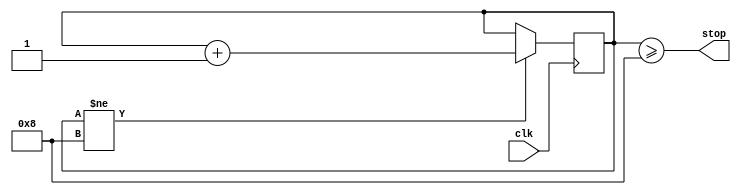
/********counter module *******/
    module counter (
                      input                   clk    ,     
                      output                  stop
    );
    //intialize counter to zero 
    integer  counter =0;
    assign stop = (counter >=4'b1000) ;
    always @(posedge clk) begin
        if (counter != 4'b1000) begin
           counter <= counter + 4'b0001 ; 
        end 
    end
    
    endmodule